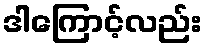
ဒါကြောင့်လည်း